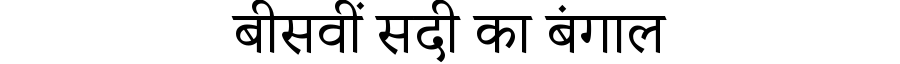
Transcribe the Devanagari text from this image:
बीसवीं सदी का बंगाल